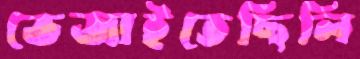
ভেজাইতেছিলি